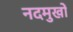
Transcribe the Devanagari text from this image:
नदमुखों